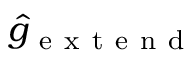
\widehat { g } _ { \mathrm { ~ e ~ x ~ t ~ e ~ n ~ d ~ } }